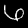
Digit: 6